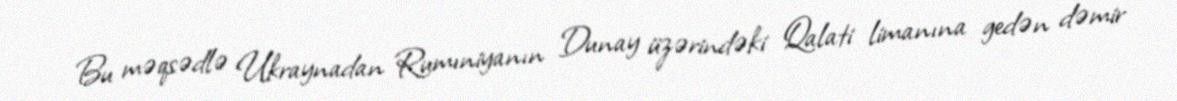
Bu məqsədlə Ukraynadan Rumıniyanın Dunay üzərindəki Qalati limanına gedən dəmir